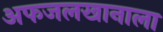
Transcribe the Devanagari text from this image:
अफजलखानाला